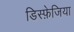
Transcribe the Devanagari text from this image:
डिस्फ़ेजिया